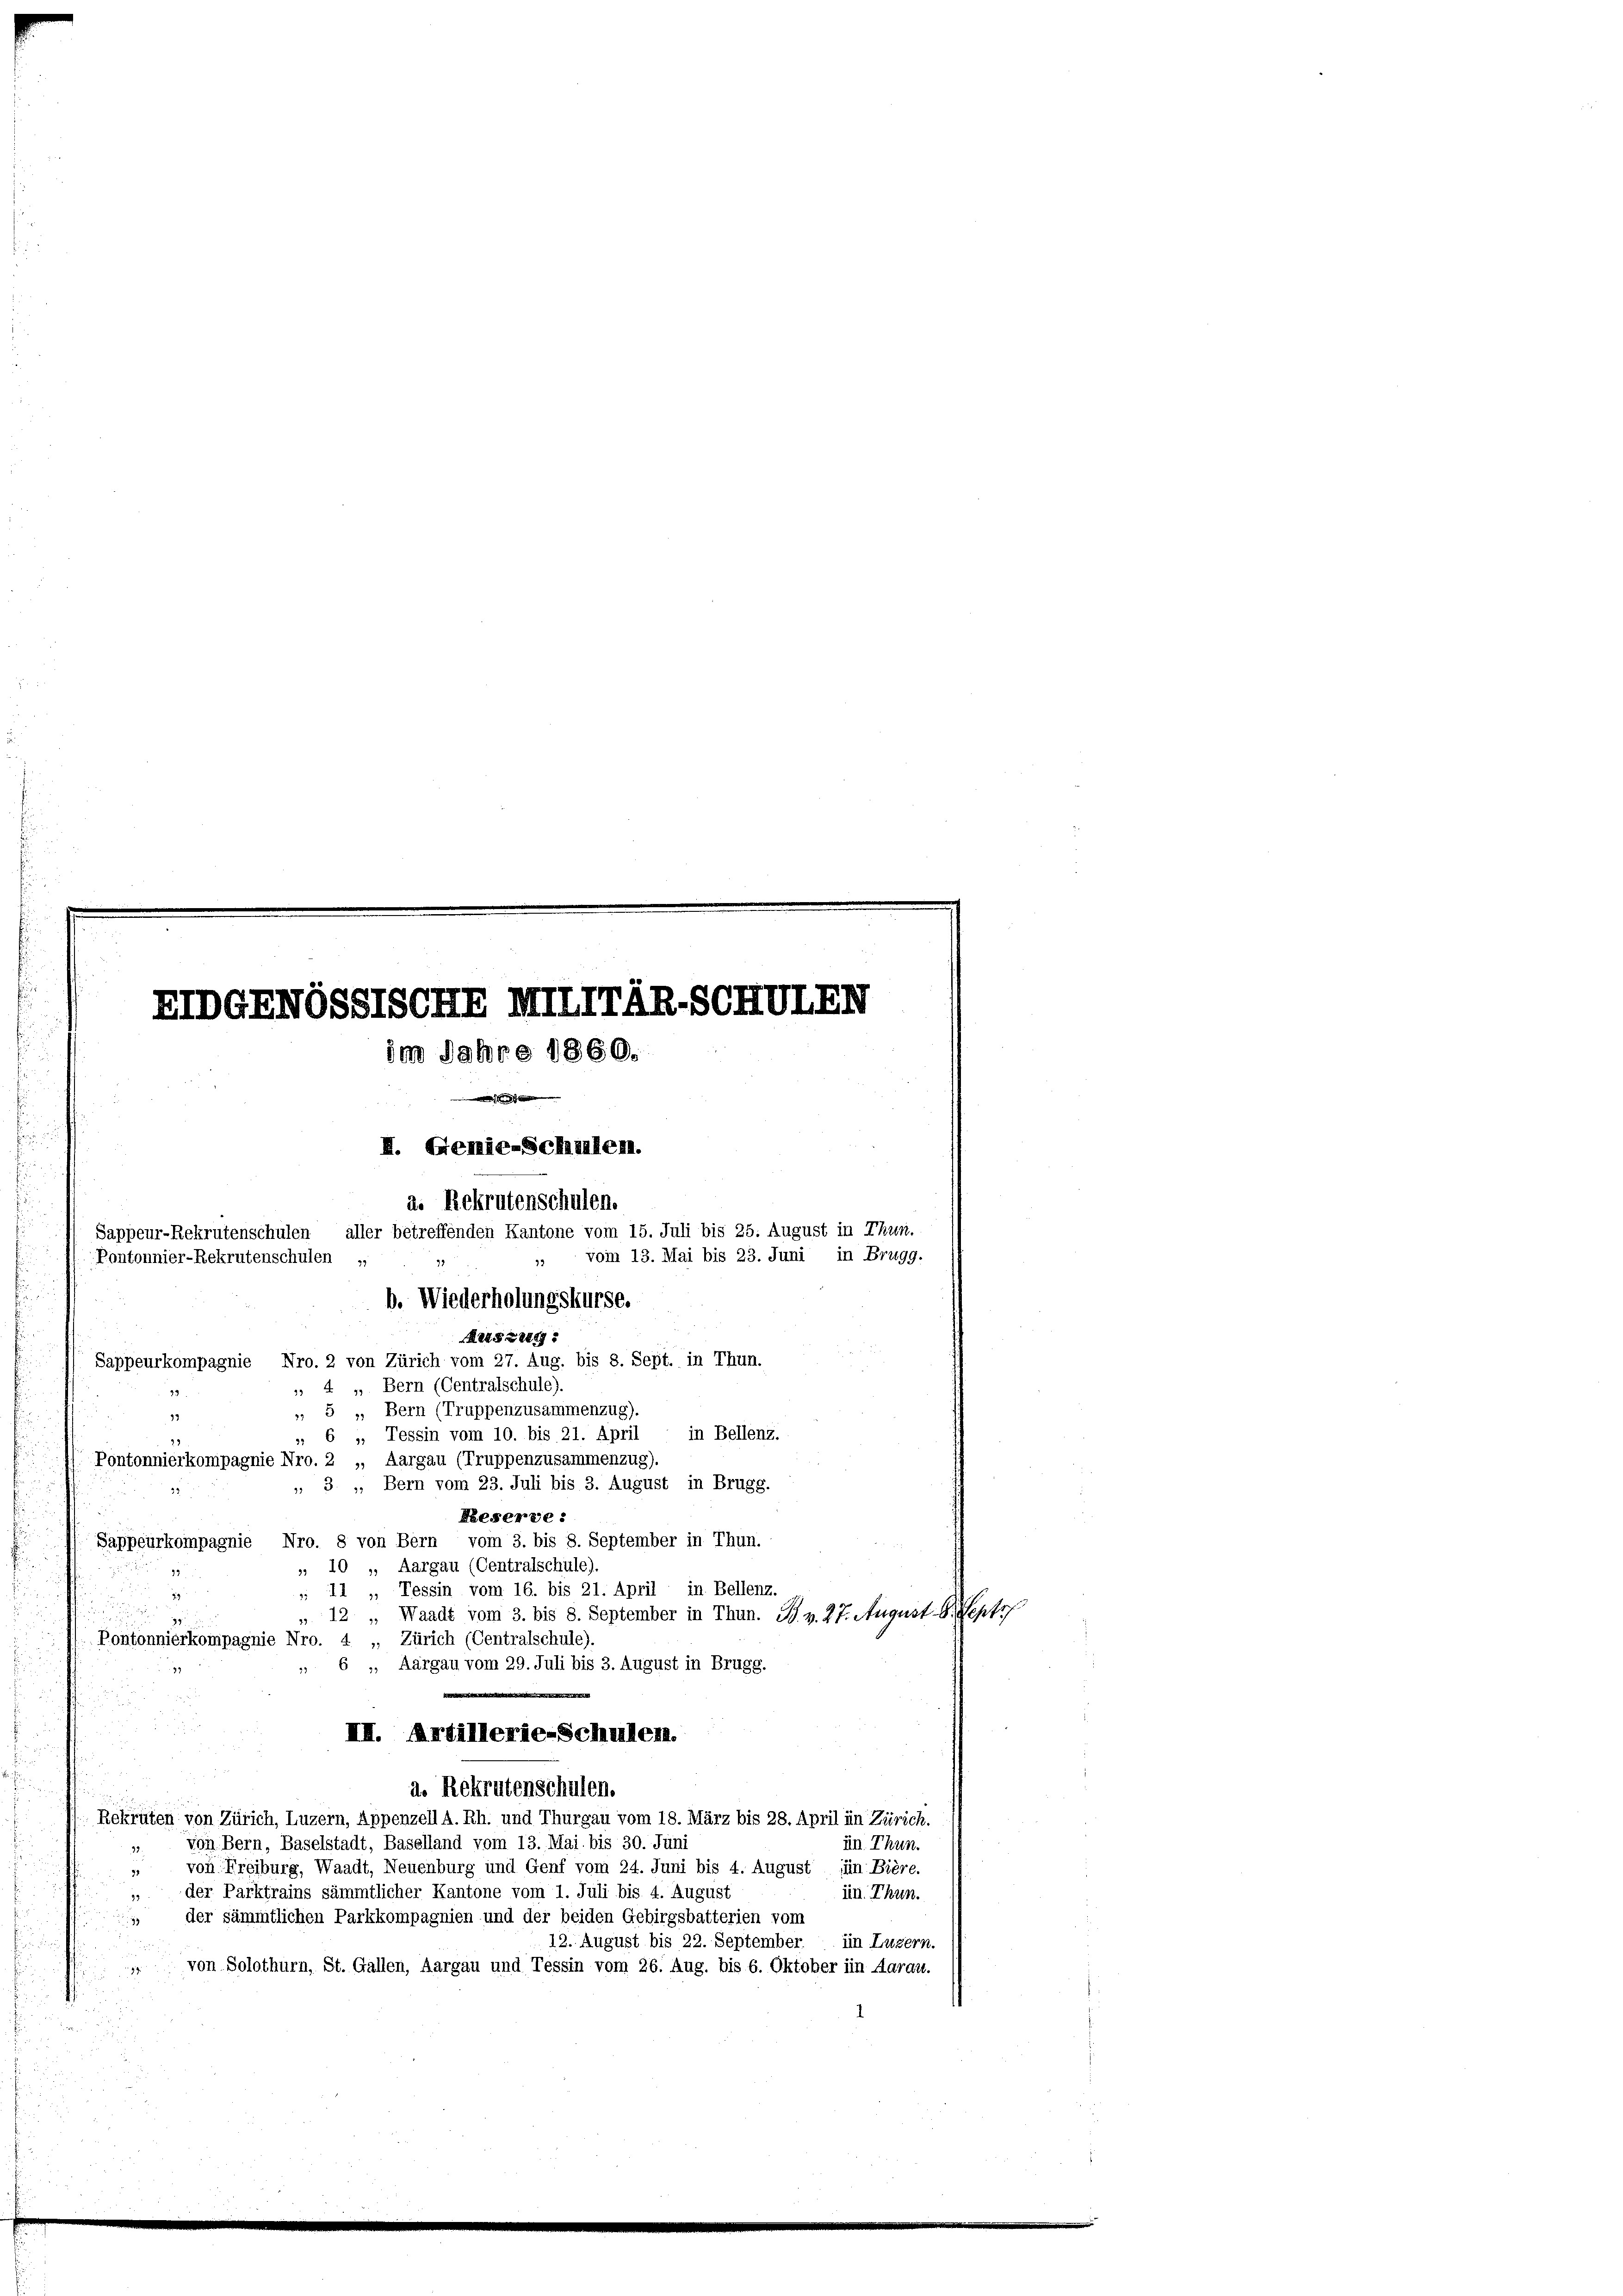
EIDGENOSSTSCHE MIITTAR.SCHMIED
im Jahre 1860.

I. Genie-Schalen.
a. Rekrutenschulen.
aller betreffenden Kantone vom 15. Juli bis 25. August in Thun.
Sappeur-Rekrutenschulen
vom 13. Mai bis 23. Juni in Brugg.
Pontonnier-Rekrutenschulen „
b. Wiederholungskurse.

Reszeit
Sappeurkompagnie Nro. 2 von Zürich vom 27. Aug. bis 8. Sept. in Thun.
* 4 „ Bern (Centralschule).
 5 „Bern (Truppenzusammenzug).
93
 6 1, Tessin vom 10. bis 21. April in Bellenz.
Pontonnierkompagnie Nro. 2 „, Aargau (Truppenzusammenzug).
 3 „ Bern vom 23. Juli bis 3. August in Brugg.
Reserve:
Sappeurkompagnie Nro. 8 von Bern vom 3. bis 8. September in Thun.
», 10 „Aargau (Centralschule).
; 11 „Tessin vom 16. bis 21. April in Bellenz.
39
„ 12 " Waadt vom 3. bis 8. September in Thun. J. v. 27. August B. Sept
Pontonnierkompagnie Nro. 4 „Zürich (Centralschule).
 6 „ Aargau vom 29. Juli bis 3. August in Brugg.
III. Artillerie-Schulen.
a. Rekrutenschulen.
Rekruten von Zürich, Luzern, Appenzell A. Rh. und Thurgau vom 18. März bis 28. April in Zürich.
von Bern, Baselstadt, Baselland vom 13. Mai bis 30. Juni
in Thun.
von Freiburg, Waadt, Neuenburg und Genf vom 24. Juni bis 4. August (in Bière.
“ der Parktrains sämmtlicher Kantone vom 1. Juli bis 4. August
im Thun.
der sämmtlichen Parkkompagnien und der beiden Gebirgsbatterien vom
12. August bis 22. September.
im Luzern.
von Solothurn, St. Gallen, Aargau und Tessin vom 26. Aug. bis 6. Oktober im Aarau
34

u